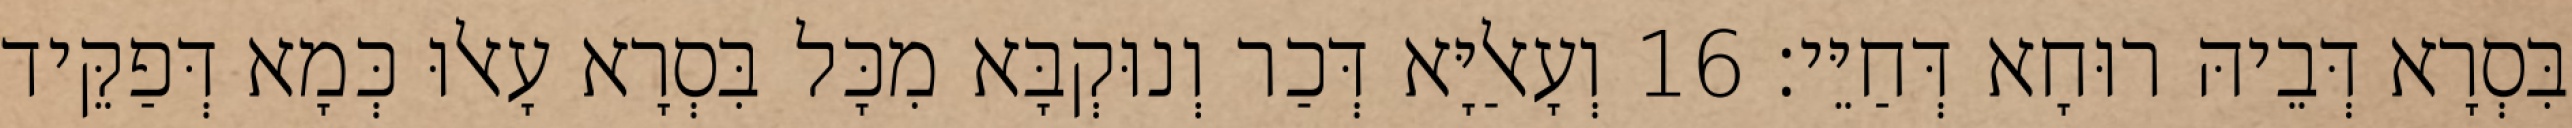
בִּסְרָא דְּבֵיהּ רוּחָא דְּחַיֵּי׃ 16 וְעָאלַיָּא דְּכַר וְנוּקְבָּא מִכָּל בִּסְרָא עָאלוּ כְּמָא דְּפַקֵּיד